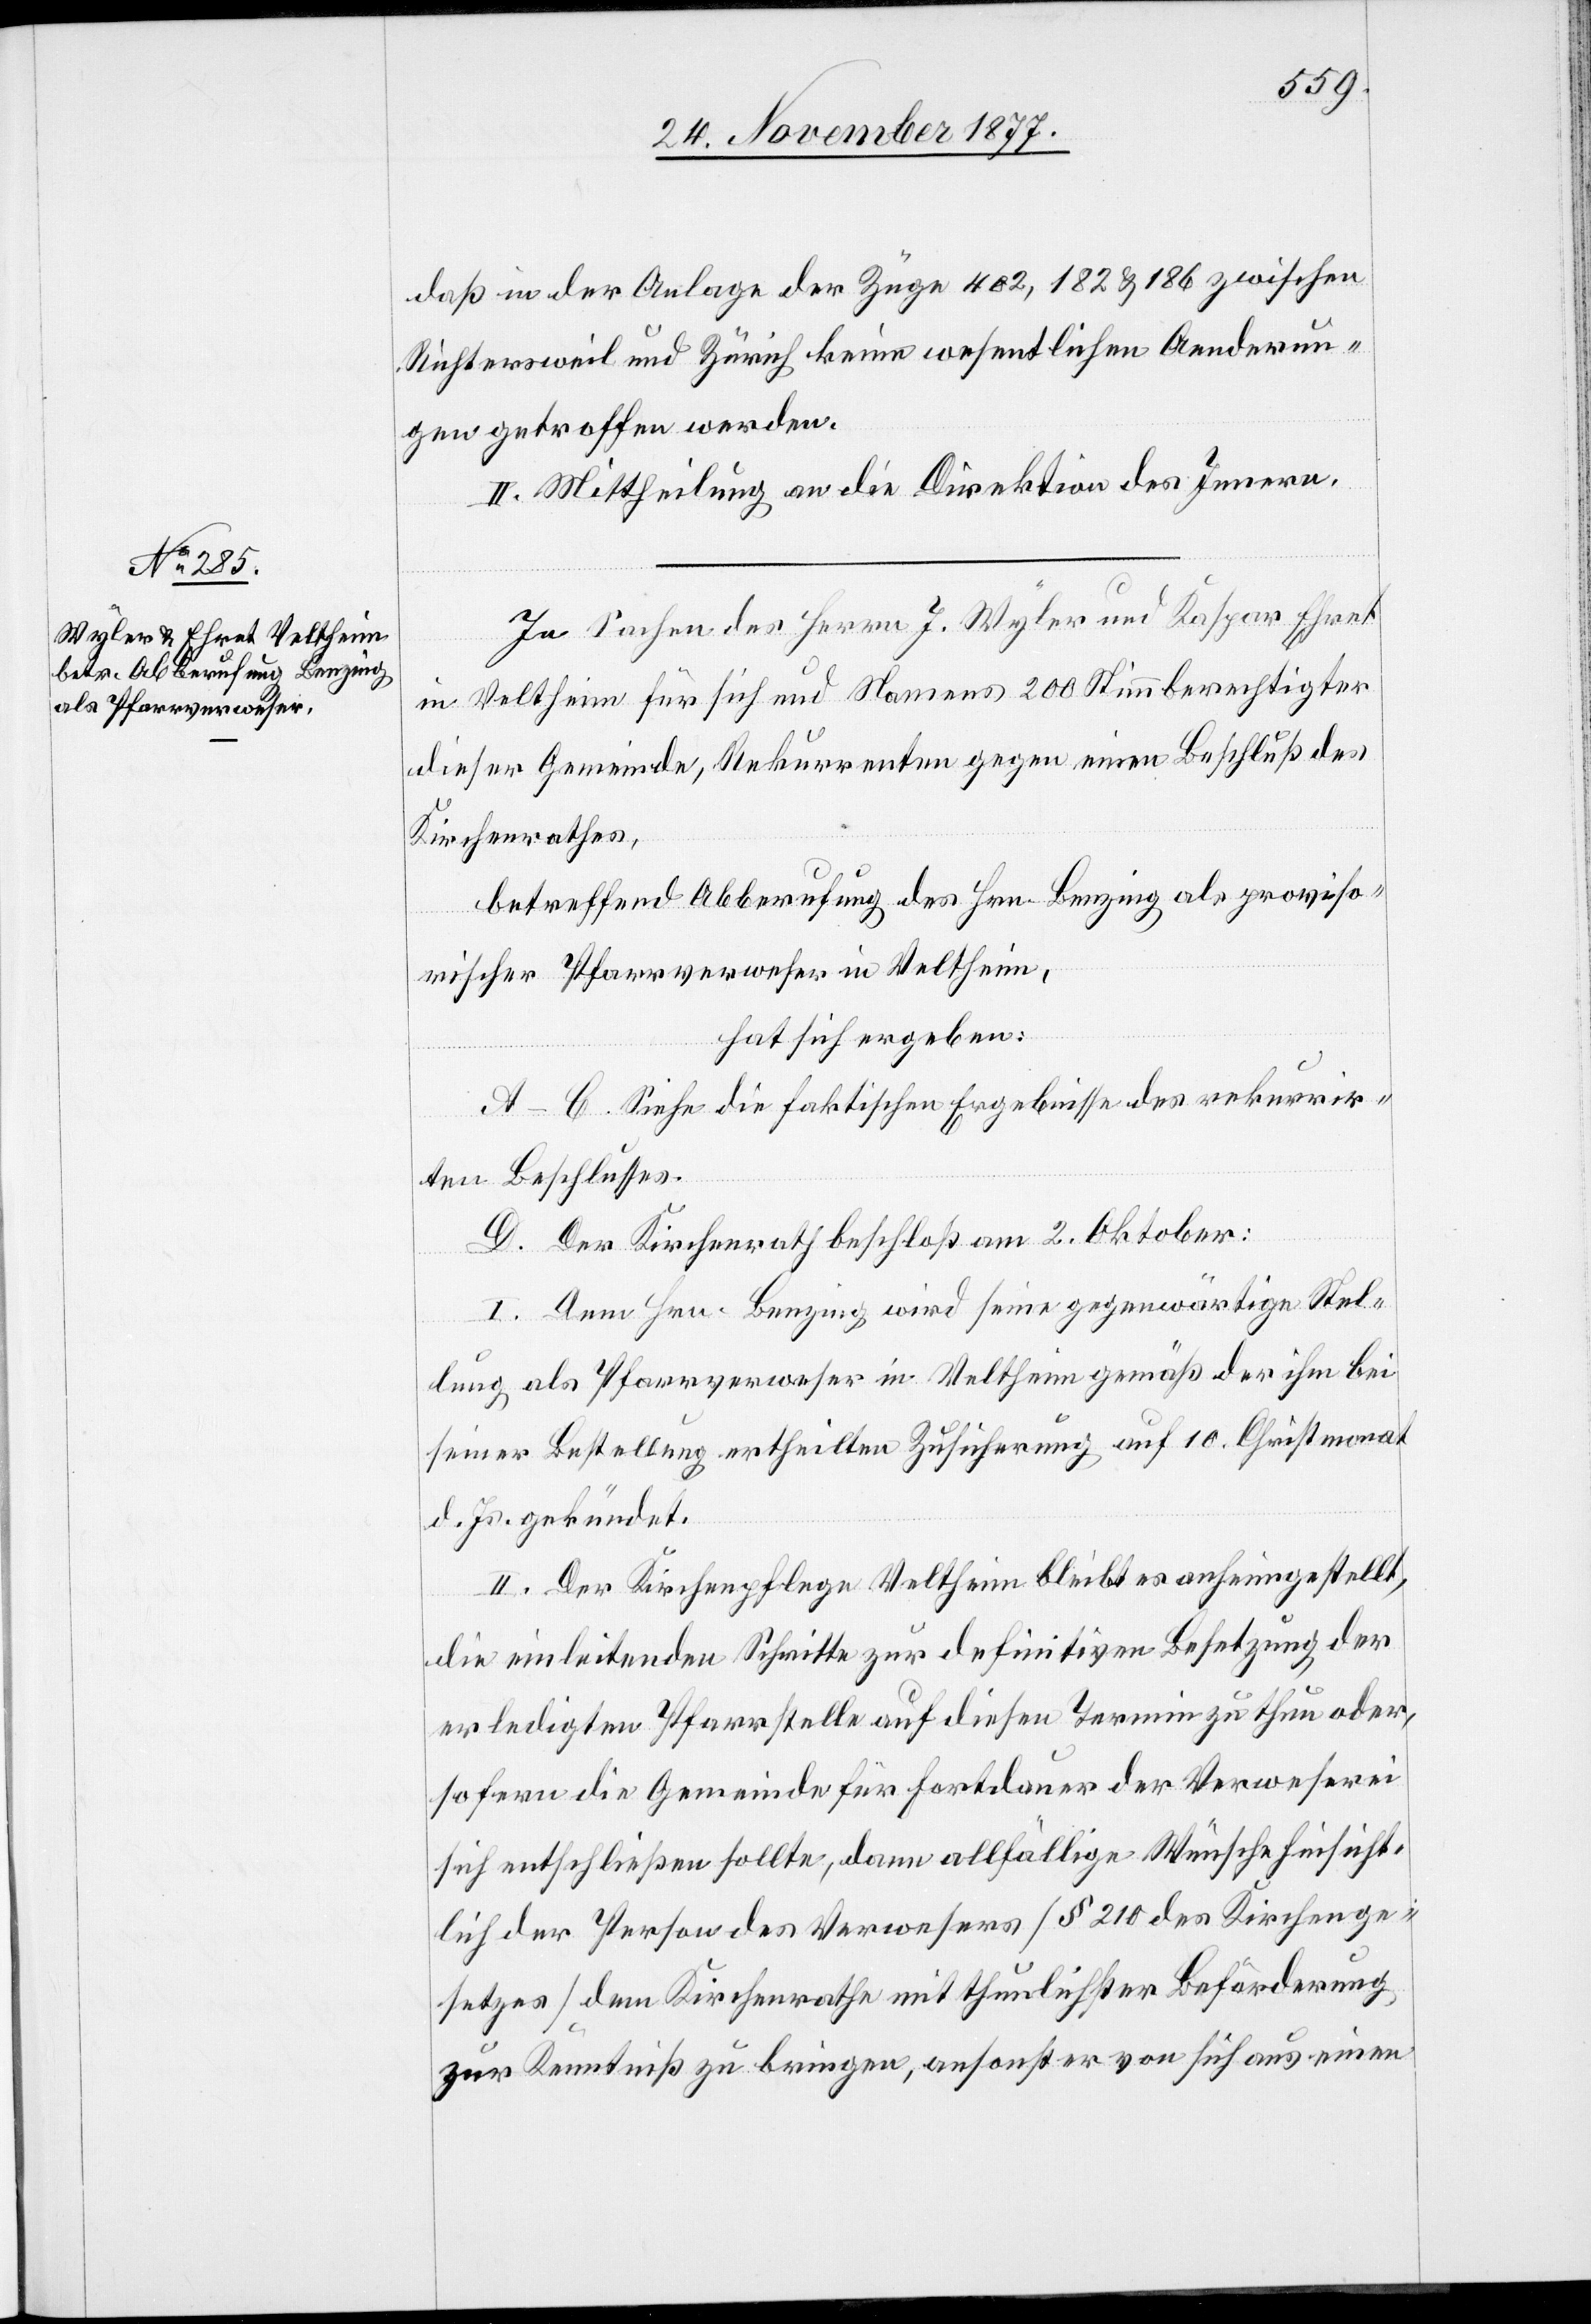
daß in der Anlage der Züge 402, 182 & 186 zwischen
Richtersweil und Zürich keine wesentlichen Aenderun¬
gen getroffen werden.
II. Mittheilung an die Direktion des Innern.
In Sachen des Herrn J. Wyler und Kaspar Ehret
in Veltheim für sich und Namens 200 Stimmberechtigter
dieser Gemeinde, Rekurrenten gegen einen Beschluß des
Kirchenrathes,
betreffend Abberufung des Hrn. Benzing als proviso¬
rischer Pfarrverweser in Veltheim,
hat sich ergeben:
A–C. Siehe die faktischen Ergebnisse des rekurrir¬
ten Beschlusses.
D. Der Kirchenrath beschloß am 2. Oktober:
I. Dem Hrn. Benzing wird seine gegenwärtige Stel¬
lung als Pfarrverweser in Veltheim gemäß der ihm bei
seiner Bestellung ertheilten Zusicherung auf 10. Christmonat
d. Js. gekündet.
II. Der Kirchenpflege Veltheim bleibt es anheimgestellt,
die einleitenden Schritte zur definitiven Besetzung der
erledigten Pfarrstelle auf diesen Termin zu thun oder,
sofern die Gemeinde für Fortdauer der Verweserei
sich entschließen sollte, dann allfällige Wünsche hinsicht¬
lich der Person des Verwesers [§ 210 des Kirchenge¬
setzes] dem Kirchenrathe mit thunlichster Beförderung
zur Kenntniß zu bringen, ansonst er von sich aus einen